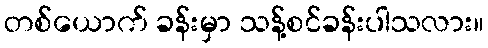
တစ်ယောက် ခန်းမှာ သန့်စင်ခန်းပါသလား။